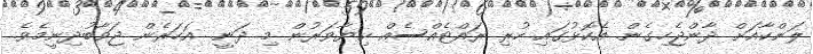
ލަންކާއަށް ދާންޖެހިގެން. އެކޮޅުގައި ހުރި ރައްޓެއްސެއް ކިޔާވަރުން މި ދަނީ. އަހަރެން ޖަވާބުދިނީމެވެ.